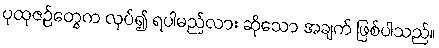
ပုထုဇဉ်တွေက လုပ်၍ ရပါမည်လား ဆိုသော အချက် ဖြစ်ပါသည်။